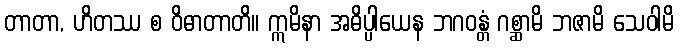
တာတာ, ဟိတဿ စ ဝိဓာတာတိ။ ဣမိနာ အဓိပ္ပါယေန ဘဂဝန္တံ ဂစ္ဆာမိ ဘဇာမိ သေဝါမိ